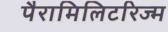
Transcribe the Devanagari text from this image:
पैरामिलिटरिज्म